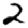
Digit: 2